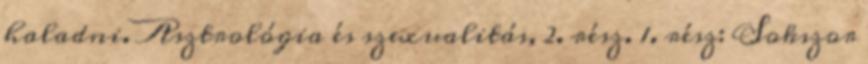
haladni. Asztrológia és szexualitás, 2. rész. 1. rész: Sokszor